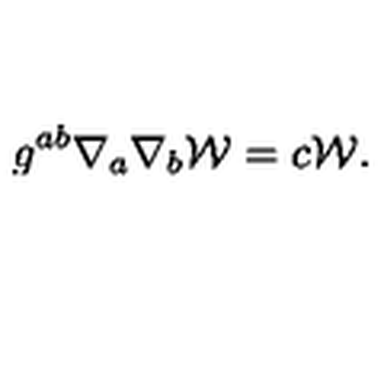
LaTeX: g ^ { a b } \nabla _ { a } \nabla _ { b } { \cal W } = c { \cal W } .